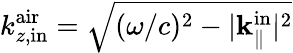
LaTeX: k_{z,\mathrm{in}}^{\mathrm{air}}=\sqrt{(\omega/c)^{2}-|{\mathbf k}_{\parallel}^{\mathrm{in}}|^{2}}